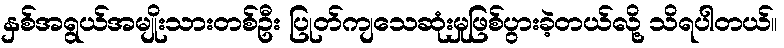
နှစ်အရွယ်အမျိုးသားတစ်ဦး ပြုတ်ကျသေဆုံးမှုဖြစ်ပွားခဲ့တယ်လို့ သိရပါတယ်။